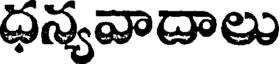
ధన్యవాదాలు